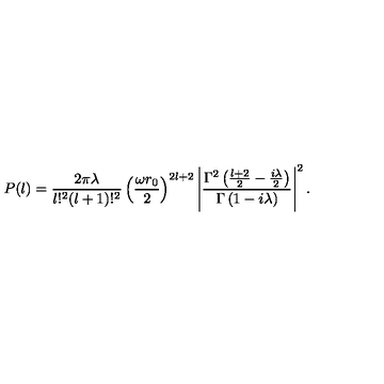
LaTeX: P ( l ) = \frac { 2 \pi \lambda } { l ! ^ { 2 } ( l + 1 ) ! ^ { 2 } } \left( \frac { \omega r _ { 0 } } { 2 } \right) ^ { 2 l + 2 } \left| \frac { \Gamma ^ { 2 } \left( \frac { l + 2 } { 2 } - \frac { i \lambda } { 2 } \right) } { \Gamma \left( 1 - i \lambda \right) } \right| ^ { 2 } .